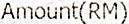
AMOUNT(RM)